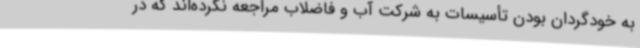
به خودگردان بودن تأسیسات به شرکت آب و فاضلاب مراجعه نکرده‌اند که در